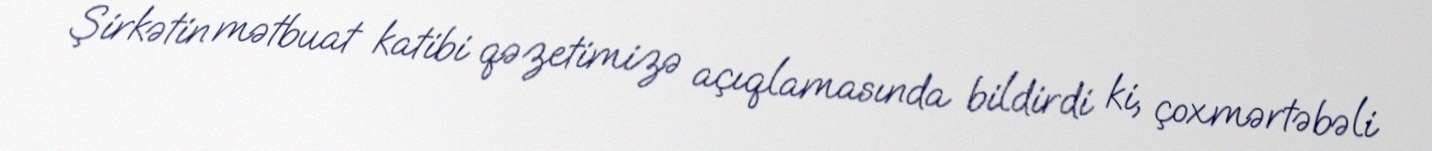
Şirkətin mətbuat katibi qəzetimizə açıqlamasında bildirdi ki, çoxmərtəbəli